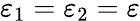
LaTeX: \varepsilon_{1}=\varepsilon_{2}=\varepsilon